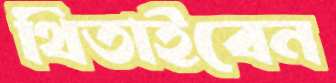
থিতাইবেন